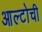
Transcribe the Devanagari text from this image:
आल्टोची